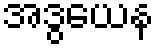
အဒွယေန